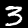
Label: 3